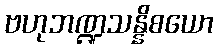
ဗဟုဘဏ္ဍသန္နိစယော